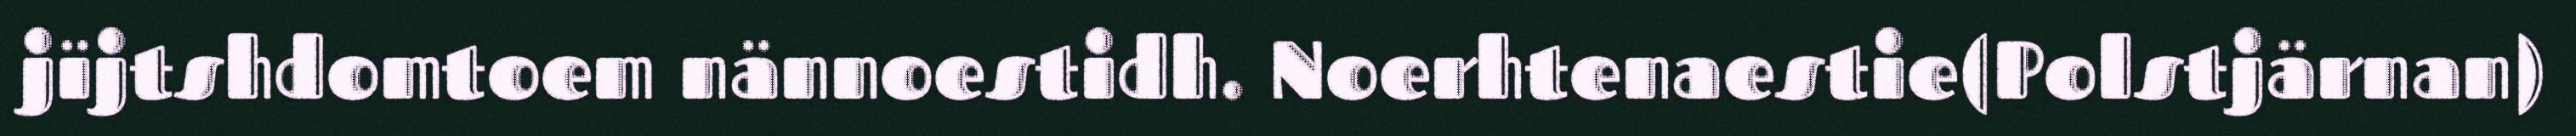
jïjtshdomtoem nännoestidh. Noerhtenaestie(Polstjärnan)